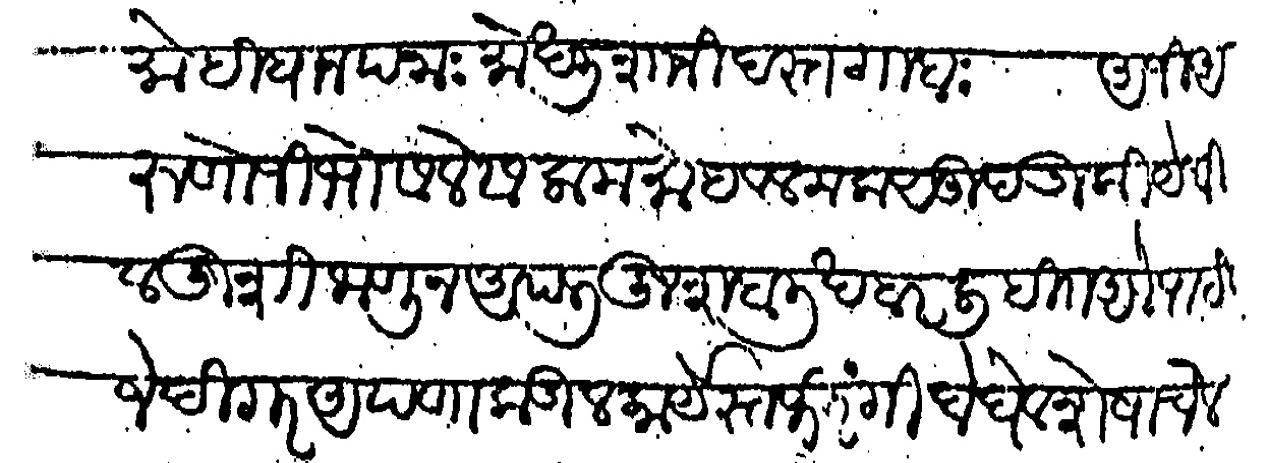
Transliteration (Devanagari): मोहिबान पना मोखलीशानी दस्तगाहा अजी अरुणोजी भोसले सलाम मोहवल कमसुद आंकी येथील खुशी जाणून आपली खुशहाली खबर लिहीत अले पाहीजे दिगर आपणाकडील कार्येस्त फिरंगी दोघे व शेषाचेल